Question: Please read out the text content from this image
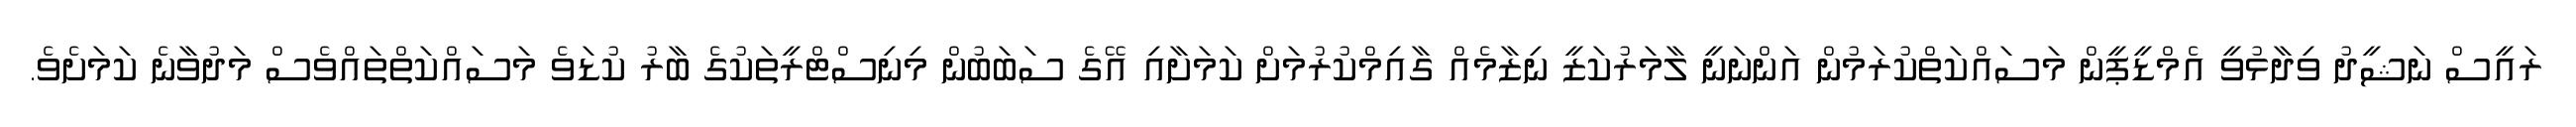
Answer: ރައީސް ނަޝީދު ވިދާޅުވީ އެމްޑީޕީން މަސައްކަތްކުރަމުން އަންނަނީ ލާމަރުކަޒީ ނިޒާމެއް ގާއިމްކުރުމަށް ކަމަށާއި އޭގެ ސަބަބުން މިނިސްޓްރީތަކުގެ ބާރު ކުޑަވެ މަސައްކަތްތައްވެސް މަދުވާނެ ކަމަށެވެ.